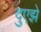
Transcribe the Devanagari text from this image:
दुएझे